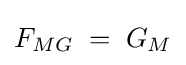
F_{MG}\;=\;G_{M}